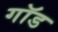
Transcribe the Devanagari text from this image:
गाॅड